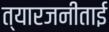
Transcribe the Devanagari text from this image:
त्यारजनीताई